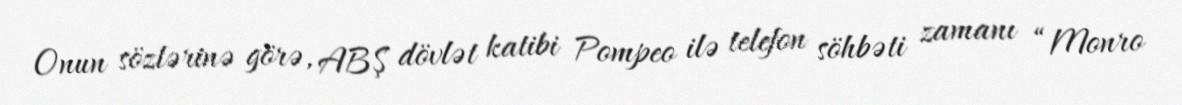
Onun sözlərinə görə, ABŞ dövlət katibi Pompeo ilə telefon söhbəti zamanı “Monro